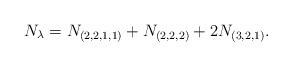
LaTeX: \begin{align*}N_\lambda=N_{(2,2,1,1)}+N_{(2,2,2)}+2N_{(3,2,1)}.\end{align*}